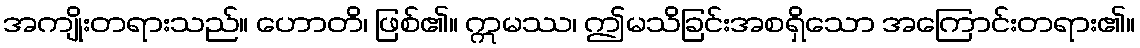
အကျိုးတရားသည်။ ဟောတိ၊ ဖြစ်၏။ ဣမဿ၊ ဤမသိခြင်းအစရှိသော အကြောင်းတရား၏။